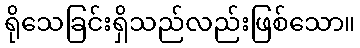
ရိုသေခြင်းရှိသည်လည်းဖြစ်သော။